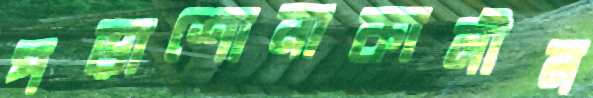
পড়াশোনাকালীন